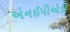
એનઈપીએડી